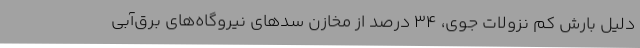
دلیل بارش کم نزولات جوی، 34 درصد از مخازن سدهای نیروگاه‌های برق‌آبی